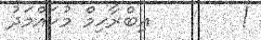
!        އިބްރާހިމް މުހައްމަދު